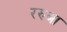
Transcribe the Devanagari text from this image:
ररुआ